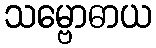
သမ္ဗောဓာယ